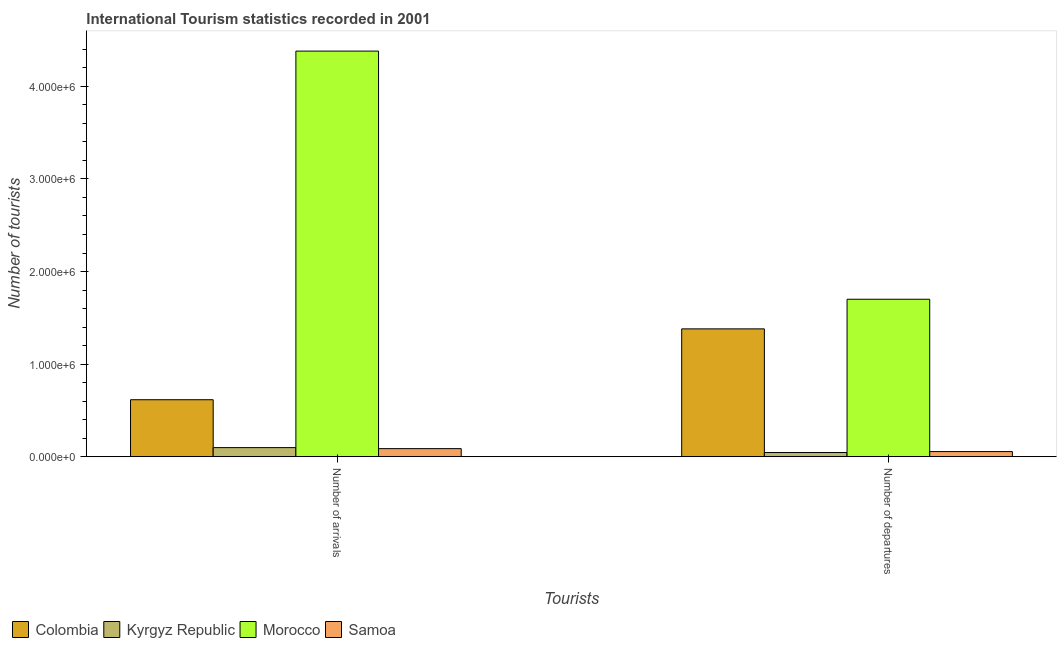
| Tourists | Colombia | Kyrgyz Republic | Morocco | Samoa |
 | --- | --- | --- | --- | --- |
 | Number of arrivals | 6.16e+05 | 9.9e+04 | 4.38e+06 | 8.8e+04 |
 | Number of departures | 1.38e+06 | 4.6e+04 | 1.7e+06 | 5.6e+04 |